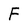
Character: F